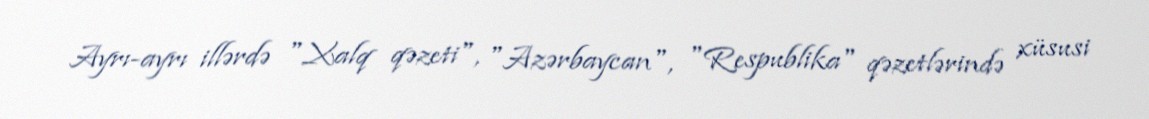
Ayrı-ayrı illərdə "Xalq qəzeti", "Azərbaycan", "Respublika" qəzetlərində xüsusi